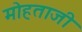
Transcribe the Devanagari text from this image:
मोहताजी